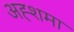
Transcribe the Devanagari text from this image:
अह्शमा